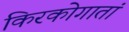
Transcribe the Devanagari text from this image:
किरकोगातां